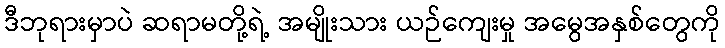
ဒီဘုရားမှာပဲ ဆရာမတို့ရဲ့ အမျိုးသား ယဉ်ကျေးမှု အမွေအနှစ်တွေကို